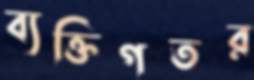
ব্যক্তিগতর